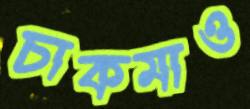
চাকমাও